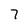
Character: 7